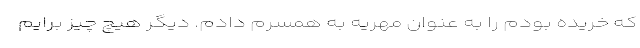
که خریده بودم را به عنوان مهریه به همسرم دادم. دیگر هیچ چیز برایم